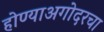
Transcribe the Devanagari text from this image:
होण्याअगोदरचा